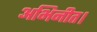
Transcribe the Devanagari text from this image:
अभिनीत।